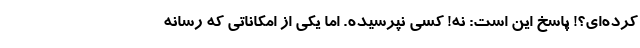
کرده‌ای؟! پاسخ این است: نه! کسی نپرسیده. اما یکی از امکاناتی که رسانه